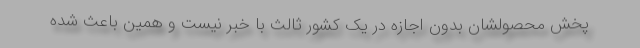
پخش محصولشان بدون اجازه در یک کشور ثالث با خبر نیست و همین باعث شده